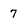
Character: 7